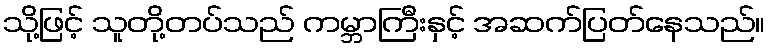
သို့ဖြင့် သူတို့တပ်သည် ကမ္ဘာကြီးနှင့် အဆက်ပြတ်နေသည်။